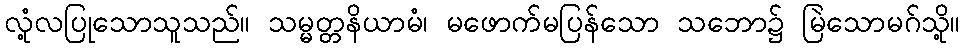
လုံ့လပြုသောသူသည်။ သမ္မတ္တနိယာမံ၊ မဖောက်မပြန်သော သဘော၌ မြဲသောမဂ်သို့။